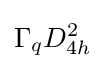
\Gamma _{q}D_{4h}^{2}